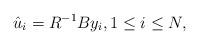
LaTeX: \begin{align*}\hat u_i= R^{-1}B y_i, 1\le i\le N, \end{align*}